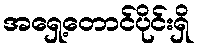
အရှေ့တောင်ပိုင်းရှိ